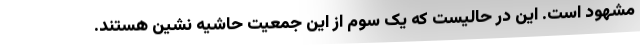
مشهود است. این در حالیست که یک سوم از این جمعیت حاشیه نشین هستند.